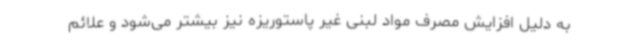
به دلیل افزایش مصرف مواد لبنی غیر پاستوریزه نیز بیشتر می‌شود و علائم